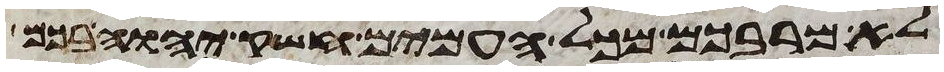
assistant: לא מרבכם מכל העמים חשק יהוה בכם